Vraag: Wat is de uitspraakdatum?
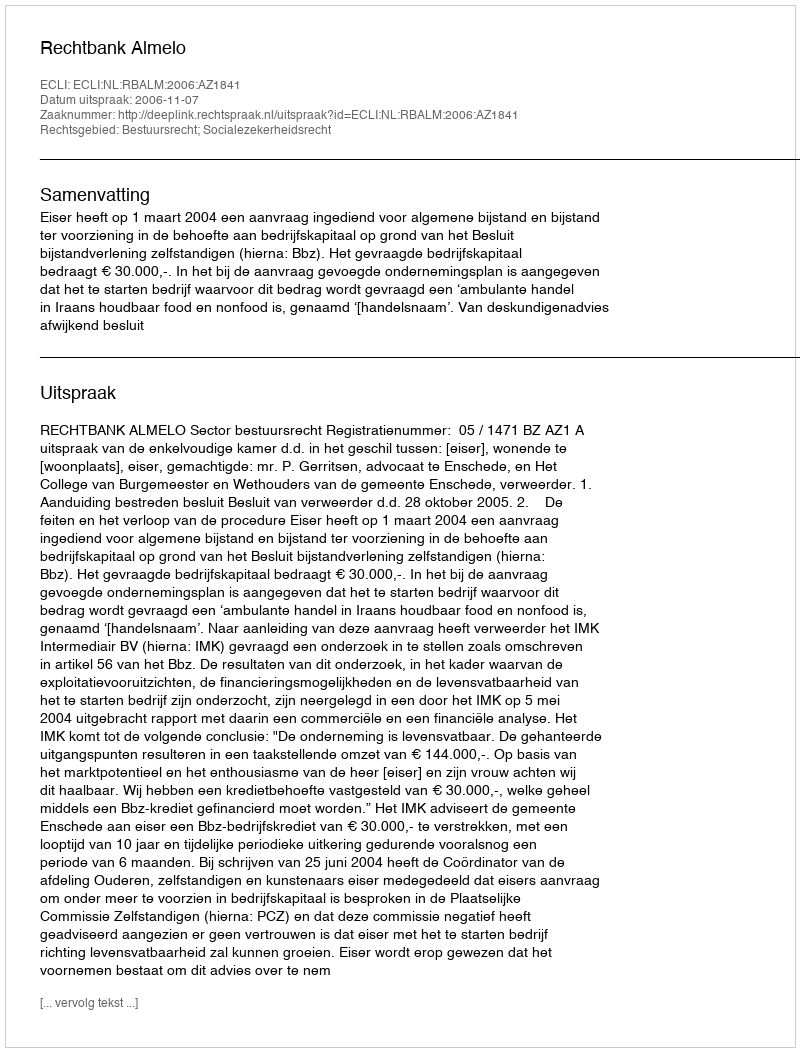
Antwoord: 2006-11-07